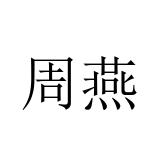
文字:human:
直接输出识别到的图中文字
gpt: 周燕